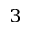
^ { 3 }